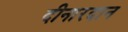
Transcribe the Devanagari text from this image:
दीनारदान